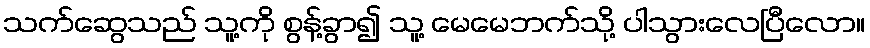
သက်ဆွေသည် သူ့ကို စွန့်ခွာ၍ သူ့ မေမေဘက်သို့ ပါသွားလေပြီလော။